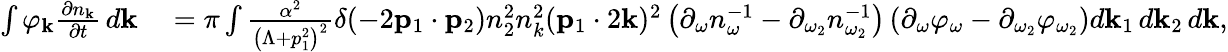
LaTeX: \begin{array}{rl}{\int\varphi_{\mathbf k}\frac{\partial n_{\mathbf k}}{\partial t}\, d{\mathbf k}}&{{}=\pi\int\frac{\alpha^{2}}{\left(\Lambda+p_{1}^{2}\right)^{2}}\delta(-2{\mathbf p}_{1}\cdot{\mathbf p}_{2})n_{2}^{2}n_{k}^{2}({\mathbf p}_{1}\cdot 2{\mathbf k})^{2}\left(\partial_{\omega}n_{\omega}^{-1}-\partial_{\omega_{2}}n_{\omega_{2}}^{-1}\right)\left(\partial_{\omega}\varphi_{\omega}-\partial_{\omega_{2}}\varphi_{\omega_{2}}\right)d{\mathbf k}_{1}\, d{\mathbf k}_{2}\, d{\mathbf k},}\end{array}